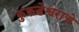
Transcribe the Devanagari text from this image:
कुकडेश्वराचे